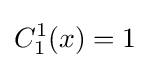
C_{1}^{1}(x)=1